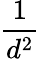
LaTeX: \frac{1}{d^{2}}